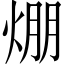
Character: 焩